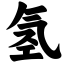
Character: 氢